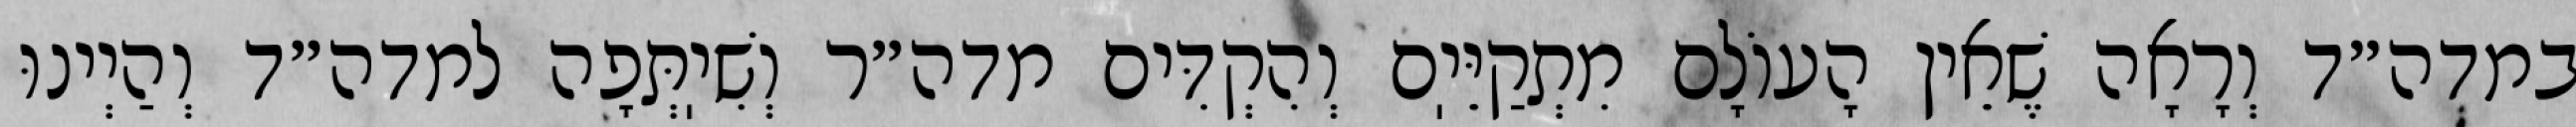
במדה״ד וְרָאָה שֶׁאֵין הָעוֹלָם מִתְקַיֵּיֽם וְהִקְדִּים מדה״ר וְשִׁיֽתְּפָה למדה״ד וְהַיְינוּ